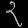
Digit: ၃